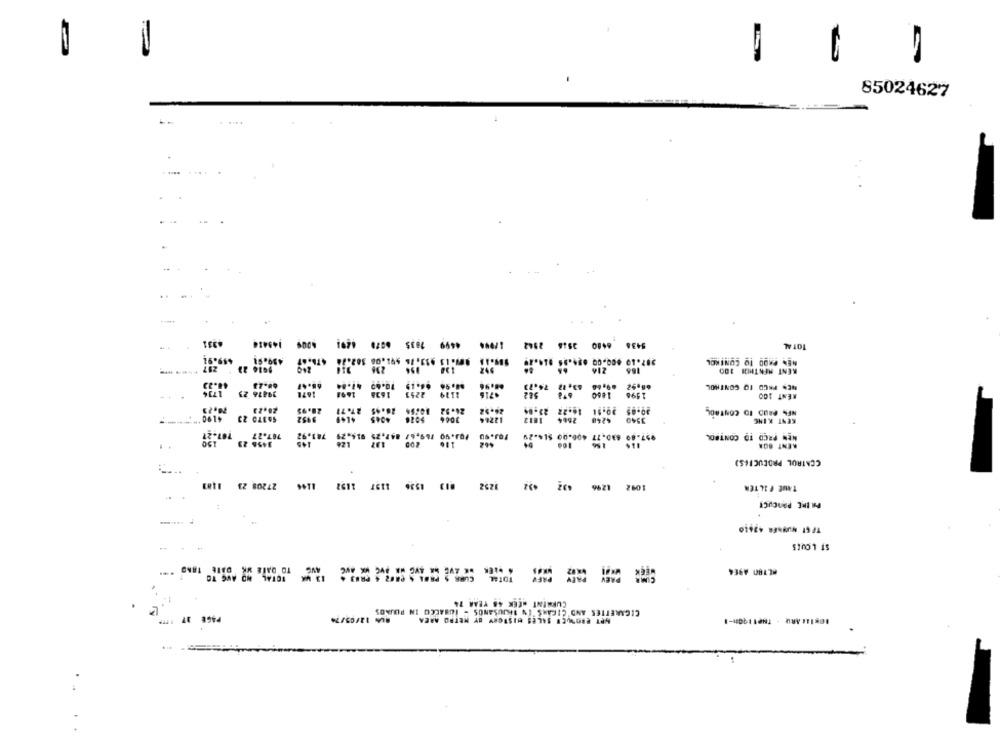
85024627
1035
4499
145414
5438 6480 3546 2942
101 AL
449.91
499.91
33.76 $91.08
287.10 000.00
NE. PROO TO CONTROL
214
RENT MENTHON 100
1. 19
48.23
10.99
10.60 47.84
68,92 09.46
NES PACD TO CONTROL
1714
39816 21
1671
2251
Les0
RENT 100
20,23
70.23
SOTTO 23
5952
3340
----
781.92
169,67 847,79
830.17 496.99 SI. "
707.27
787.27
NEN PROD ID CONTROL
150
3456 23
145
RENT BOR
CONTROL PROCUCIES,
1152
1232
27208 23
1244
1137
492
12 96
1092
TANE FILTER
PHLIRE PANCUCI
ST LOUIS
TO DAIE WK DATE TRAD
#LT80 A9E4
TOTAL HO ANG TO
TOTAL
CURRENT MEEK 48 YEAR 74
CIGARETTES AND'CIEANS 'IN THUSANOS - IUSALCO IN POUNDS
PAGE 37 1777
BUN 12/03/74
WPT CROWUCE SALES HISTORY BY METRO AREA
NOKIA: ARD - THE11900-1